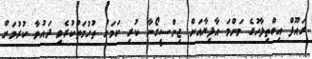
ރައޫފް އިބްތިލާހުގެ މަންމަ އާފިޔާއަށް ޖިންސީގޯނާ ކުރި ކަމަށް ތުހުމަތުކުރެވި ދައުވާ ކުރުމަށް